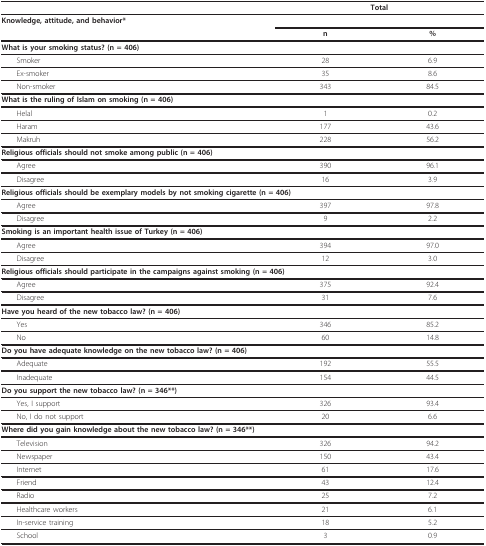
|  | <COLSPAN=2> Total |
 | --- | --- | --- |
 | Knowledge, attitude, and behavior* |  |  |
 |  | n | % |
 | <COLSPAN=3> What is your smoking status? (n = 406) |
 | Smoker | 28 | 6.9 |
 | Ex-smoker | 35 | 8.6 |
 | Non-smoker | 343 | 84.5 |
 | <COLSPAN=3> What is the ruling of Islam on smoking (n = 406) |
 | Helal | 1 | 0.2 |
 | Haram | 177 | 43.6 |
 | Makruh | 228 | 56.2 |
 | <COLSPAN=3> Religious officials should not smoke among public (n = 406) |
 | Agree | 390 | 96.1 |
 | Disagree | 16 | 3.9 |
 | <COLSPAN=3> Religious officials should be exemplary models by not smoking cigarette (n = 406) |
 | Agree | 397 | 97.8 |
 | Disagree | 9 | 2.2 |
 | <COLSPAN=3> Smoking is an important health issue of Turkey (n = 406) |
 | Agree | 394 | 97.0 |
 | Disagree | 12 | 3.0 |
 | <COLSPAN=3> Religious officials should participate in the campaigns against smoking (n = 406) |
 | Agree | 375 | 92.4 |
 | Disagree | 31 | 7.6 |
 | Have you heard of the new tobacco law? (n = 406) |  |  |
 | Yes | 346 | 85.2 |
 | No | 60 | 14.8 |
 | <COLSPAN=3> Do you have adequate knowledge on the new tobacco law? (n = 406) |
 | Adequate | 192 | 55.5 |
 | Inadequate | 154 | 44.5 |
 | <COLSPAN=3> Do you support the new tobacco law? (n = 346**) |
 | Yes, I support | 326 | 93.4 |
 | No, I do not support | 20 | 6.6 |
 | <COLSPAN=3> Where did you gain knowledge about the new tobacco law? (n = 346**) |
 | Television | 326 | 94.2 |
 | Newspaper | 150 | 43.4 |
 | Internet | 61 | 17.6 |
 | Friend | 43 | 12.4 |
 | Radio | 25 | 7.2 |
 | Healthcare workers | 21 | 6.1 |
 | In-service training | 18 | 5.2 |
 | School | 3 | 0.9 |